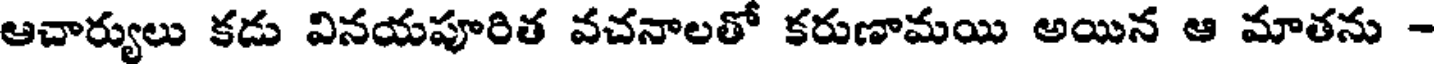
ఆచార్యులు కడు వినయపూరిత వచనాలతో కరుణామయి అయిన ఆ మాతను -